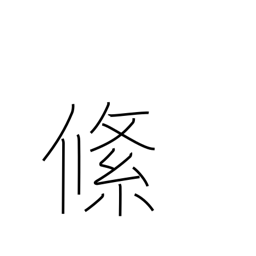
Meaning: braid